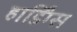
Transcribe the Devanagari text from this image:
हार्डिंग्स